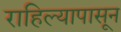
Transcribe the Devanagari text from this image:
राहिल्यापासून